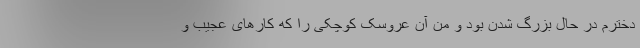
دخترم در حال بزرگ شدن بود و من آن عروسک کوچکی را که کار‌های عجیب و